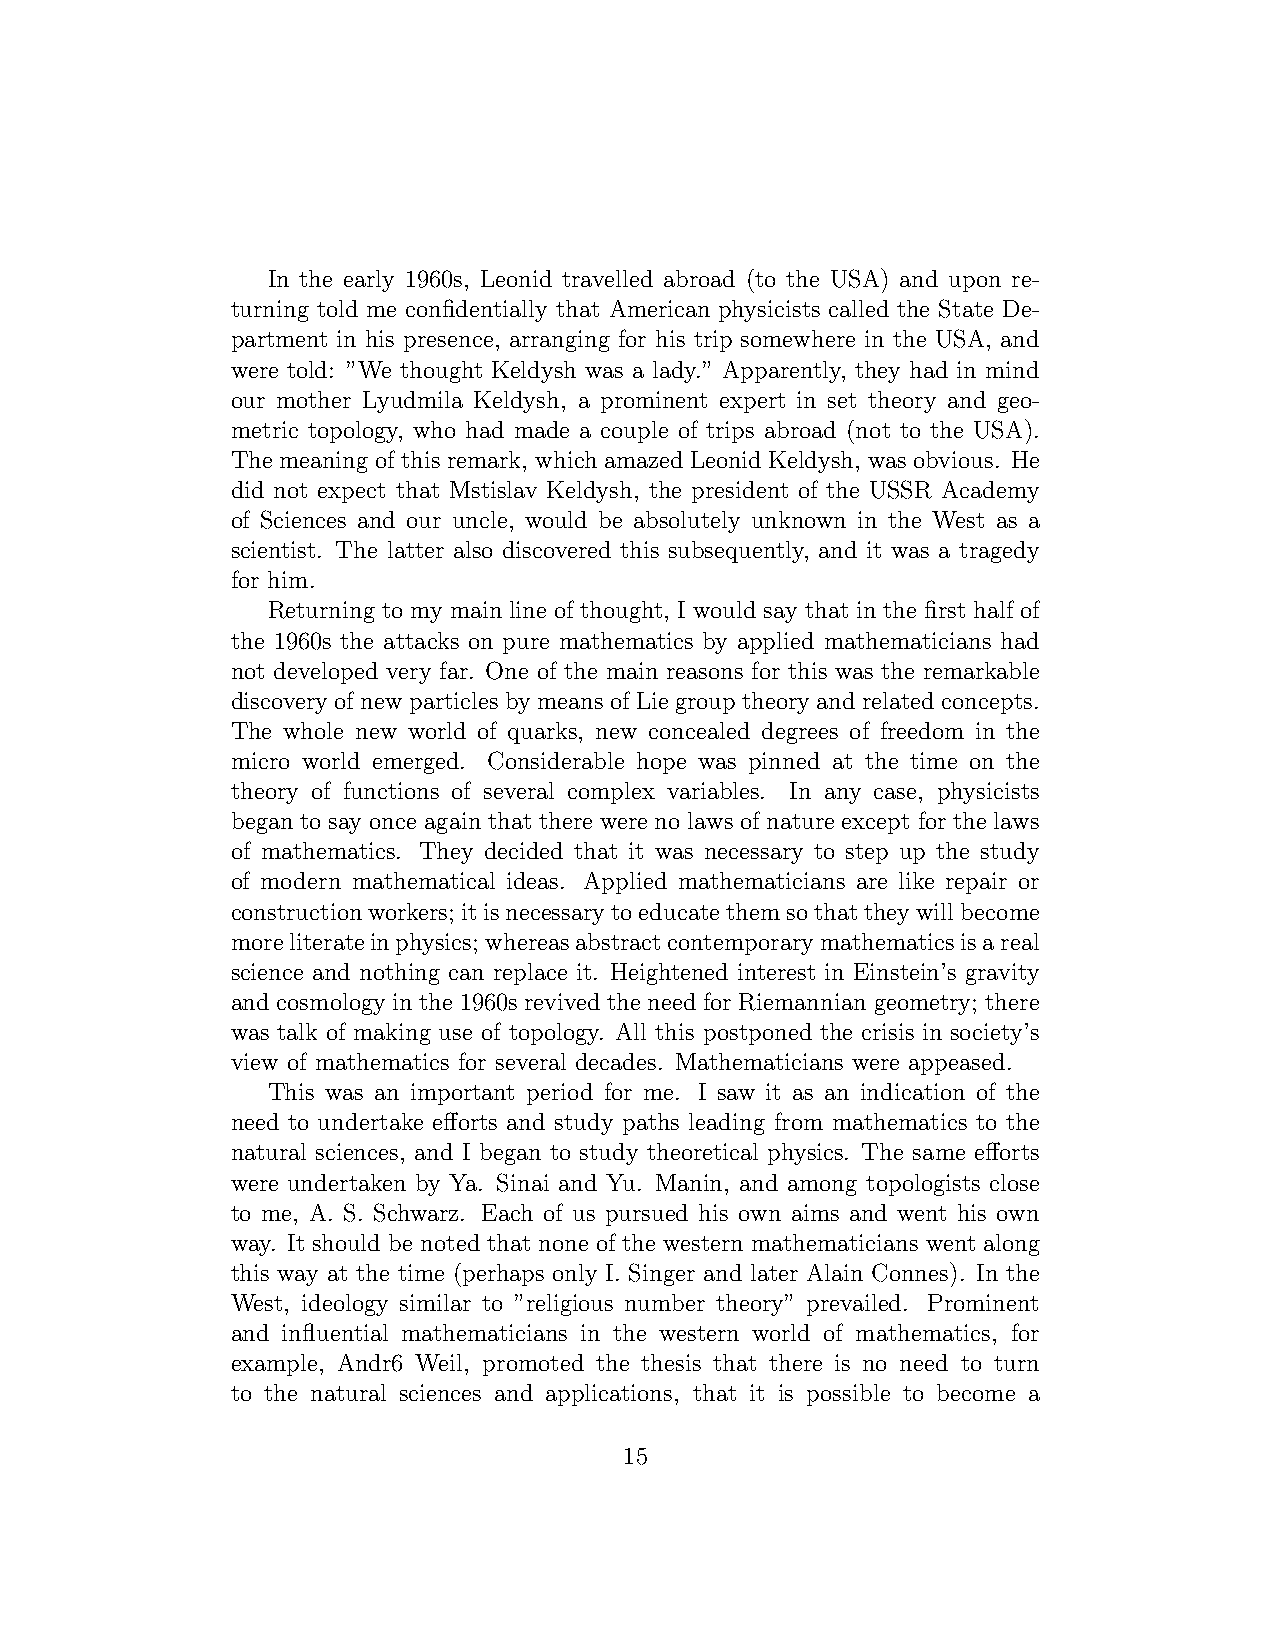
In the early 1960s, Leonid travelled abroad (to the USA) and upon re-
 turning told me confidentially that American physicists called the State De-
 partment in his presence, arranging for his trip somewhere in the USA, and
 were told: ”We thought Keldysh was a lady.” Apparently, they had in mind
 our mother Lyudmila Keldysh, a prominent expert in set theory and geo-
 metric topology, who had made a couple of trips abroad (not to the USA).
 The meaning of this remark, which amazed Leonid Keldysh, was obvious. He
 did not expect that Mstislav Keldysh, the president of the USSR Academy
 of Sciences and our uncle, would be absolutely unknown in the West as a
 scientist. The latter also discovered this subsequently, and it was a tragedy
 for him.
 Returning to my main line of thought, I would say that in the first half of
 the 1960s the attacks on pure mathematics by applied mathematicians had
 not developed very far. One of the main reasons for this was the remarkable
 discovery of new particles by means of Lie group theory and related concepts.
 The whole new world of quarks, new concealed degrees of freedom in the
 micro world emerged. Considerable hope was pinned at the time on the
 theory of functions of several complex variables. In any case, physicists
 began to say once again that there were no laws of nature except for the laws
 of mathematics. They decided that it was necessary to step up the study
 of modern mathematical ideas. Applied mathematicians are like repair or
 constructionworkers; itisnecessarytoeducatethemsothattheywillbecome
 moreliterateinphysics; whereasabstractcontemporarymathematicsisareal
 science and nothing can replace it. Heightened interest in Einstein’s gravity
 and cosmology in the 1960s revived the need for Riemannian geometry; there
 was talk of making use of topology. All this postponed the crisis in society’s
 view of mathematics for several decades. Mathematicians were appeased.
 This was an important period for me. I saw it as an indication of the
 need to undertake efforts and study paths leading from mathematics to the
 natural sciences, and I began to study theoretical physics. The same efforts
 were undertaken by Ya. Sinai and Yu. Manin, and among topologists close
 to me, A. S. Schwarz. Each of us pursued his own aims and went his own
 way. It should be noted that none of the western mathematicians went along
 this way at the time (perhaps only I. Singer and later Alain Connes). In the
 West, ideology similar to ”religious number theory” prevailed. Prominent
 and influential mathematicians in the western world of mathematics, for
 example, Andr6 Weil, promoted the thesis that there is no need to turn
 to the natural sciences and applications, that it is possible to become a
 15